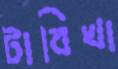
টাবিখা